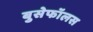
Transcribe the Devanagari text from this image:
बुसेफॉलस